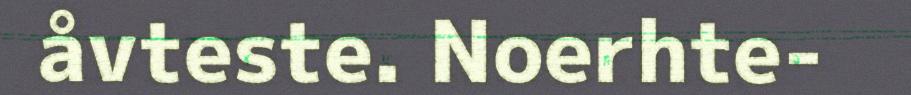
åvteste. Noerhte-